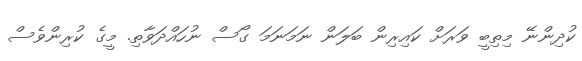
ކުދިންނޭ މިތިބީ ވަރަށް ކައިރިން ބަލަން ނަމަނަމަ ގޯސް ނުހައްދަވާތި. މީގެ ކުރިންވެސް